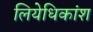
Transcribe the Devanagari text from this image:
लियेधिकांश